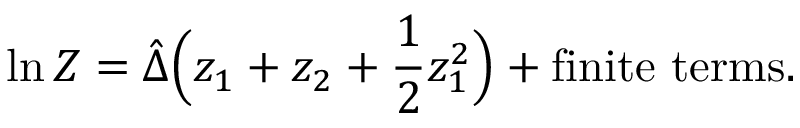
\ln Z = \hat { \Delta } \Big ( z _ { 1 } + z _ { 2 } + \frac { 1 } { 2 } z _ { 1 } ^ { 2 } \Big ) + \mathrm { f i n i t e ~ t e r m s } .